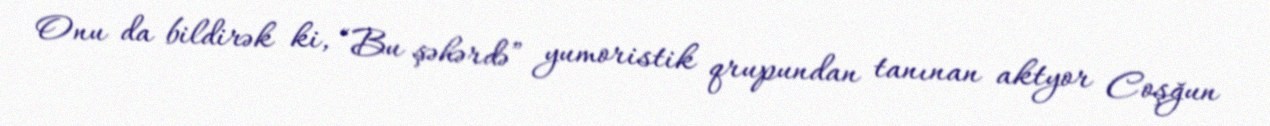
Onu da bildirək ki, “Bu şəhərdə” yumoristik qrupundan tanınan aktyor Coşğun